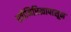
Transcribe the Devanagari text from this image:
प्रतीनिधित्वापासून